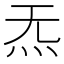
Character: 𪸓